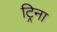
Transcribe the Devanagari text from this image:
ट्रिना